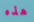
هذه